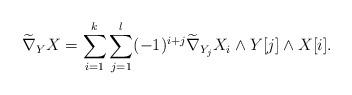
LaTeX: \begin{align*}\widetilde{\nabla}_YX=\sum_{i=1}^{k}\sum_{j=1}^l (-1)^{i+j}\widetilde{\nabla}_{Y_j} X_i\wedge Y[j]\wedge X[i].\end{align*}